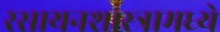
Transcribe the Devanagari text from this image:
रसायनशास्त्रामध्ये